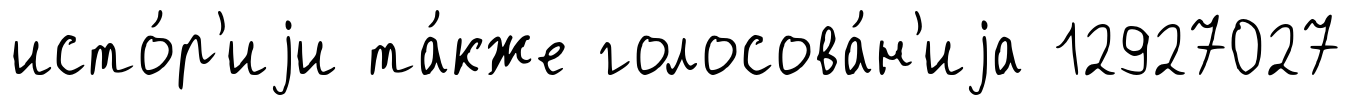
исто́р'иjи та́кже голосова́н'иjа 12927027